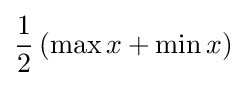
{\frac {1}{2}}\left(\max x+\min x\right)